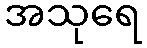
အသုရေ